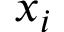
x _ { i }